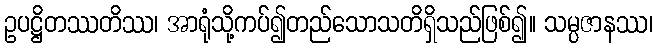
ဥပဋ္ဌိတဿတိဿ၊ အာရုံသို့ကပ်၍တည်သောသတိရှိသည်ဖြစ်၍။ သမ္ပဇာနဿ၊